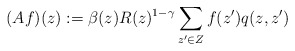
\begin{align*} (Af)(z) := \beta(z) R(z)^{1-\gamma} \sum_{z' \in Z} f(z') q(z, z')\end{align*}